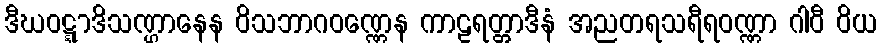
ဒီဃဝဋ္ဋာဒိသဏ္ဌာနေန ဝိသဘာဂဝဏ္ဏေန ကာဠရတ္တာဒီနံ အညတရသရီရဝဏ္ဏာ ဂါဝီ ဝိယ